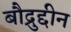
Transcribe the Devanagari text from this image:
बौद्रुद्दीन